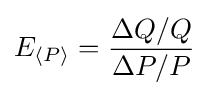
E_{\langle P\rangle }={\frac {\Delta Q/Q}{\Delta P/P}}